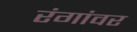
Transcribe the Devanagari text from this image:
रंगांवर